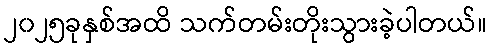
၂၀၂၅ခုနှစ်အထိ သက်တမ်းတိုးသွားခဲ့ပါတယ်။